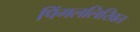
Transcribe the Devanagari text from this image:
पिंगललिखित